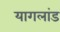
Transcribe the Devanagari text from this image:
यागलांड